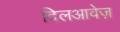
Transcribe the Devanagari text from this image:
दिलआवेज़